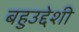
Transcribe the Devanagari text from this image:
बहुउद्देशी